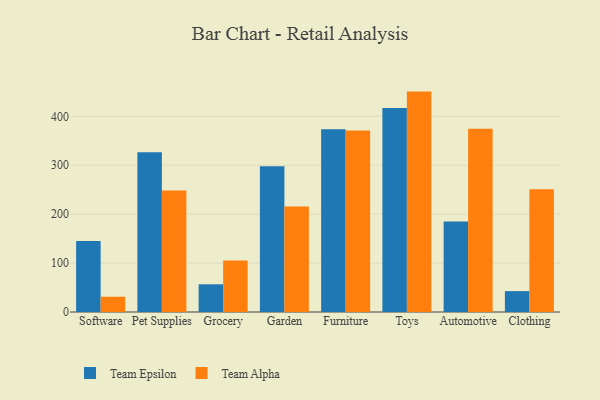
{"axis": {"x": "Category", "y": "Inventory Turnover"}, "legend": ["Team Alpha", "Team Epsilon"], "data": [{"x": "Software", "y": 145.3, "type": "Team Epsilon"}, {"x": "Software", "y": 31.2, "type": "Team Alpha"}, {"x": "Pet Supplies", "y": 326.7, "type": "Team Epsilon"}, {"x": "Pet Supplies", "y": 248.5, "type": "Team Alpha"}, {"x": "Grocery", "y": 56.6, "type": "Team Epsilon"}, {"x": "Grocery", "y": 105.4, "type": "Team Alpha"}, {"x": "Garden", "y": 298.0, "type": "Team Epsilon"}, {"x": "Garden", "y": 215.7, "type": "Team Alpha"}, {"x": "Furniture", "y": 373.4, "type": "Team Epsilon"}, {"x": "Furniture", "y": 371.2, "type": "Team Alpha"}, {"x": "Toys", "y": 417.0, "type": "Team Epsilon"}, {"x": "Toys", "y": 450.5, "type": "Team Alpha"}, {"x": "Automotive", "y": 185.0, "type": "Team Epsilon"}, {"x": "Automotive", "y": 374.6, "type": "Team Alpha"}, {"x": "Clothing", "y": 42.7, "type": "Team Epsilon"}, {"x": "Clothing", "y": 250.9, "type": "Team Alpha"}]}